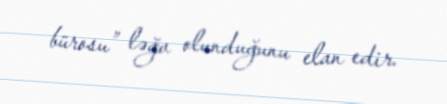
bürosu” ləğv olunduğunu elan edir.